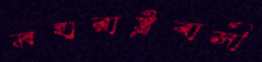
মহারাষ্ট্রবাসী